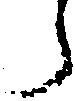
う